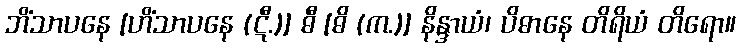
ဘိံသာပနေ [ဟိံသာပနေ (ဋီ.)] ဓီ [ဓိ (က.)] နိန္ဒာယံ၊ ပိဓာနေ တိရိယံ တိရော။